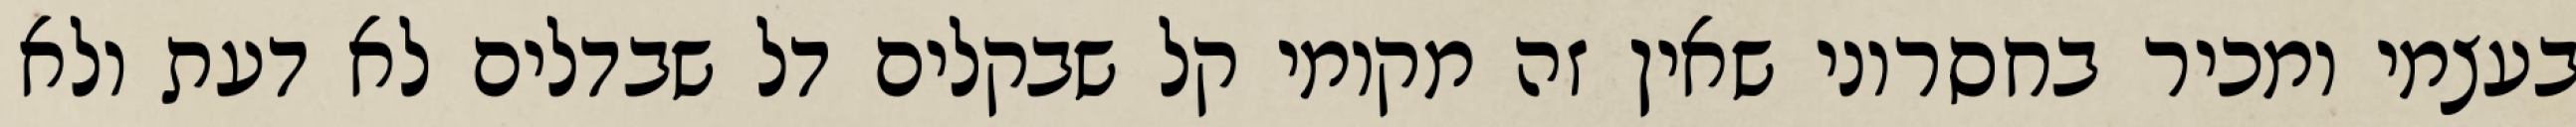
בעצמי ומכיר בחסרוני שאין זה מקומי קל שבקלים דל שבדלים לא דעת ולא